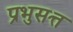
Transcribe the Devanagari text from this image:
प्रभुसत्त